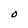
Character: 0